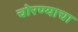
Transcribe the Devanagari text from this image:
चोरण्याचा